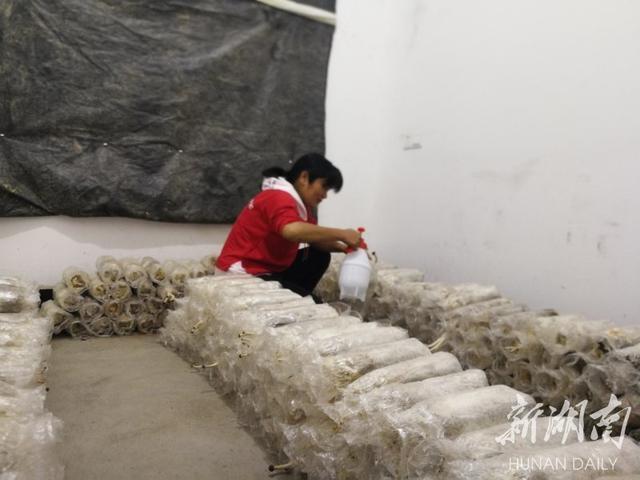
水绕陂田竹绕篱，榆钱落尽槿花稀。